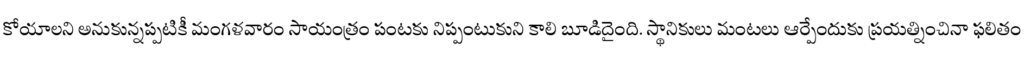
కోయాలని అనుకున్నప్పటికీ మంగళవారం సాయంత్రం పంటకు నిప్పంటుకుని కాలి బూడిదైంది. స్థానికులు మంటలు ఆర్పేందుకు ప్రయత్నించినా ఫలితం